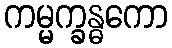
ကမ္မက္ခန္ဓကော